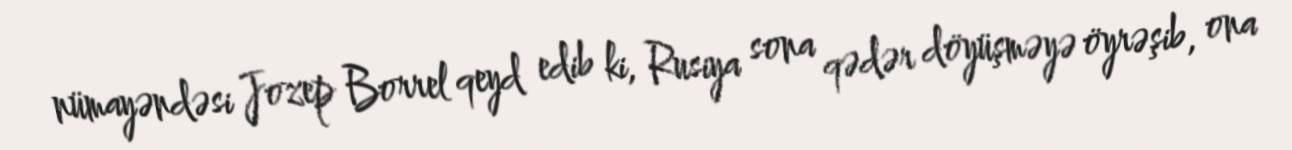
nümayəndəsi Jozep Borrel qeyd edib ki, Rusiya sona qədər döyüşməyə öyrəşib, ona